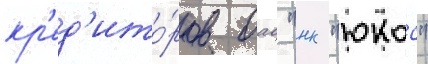
кр'ед'ито́ров оао "нк "юкос"